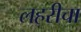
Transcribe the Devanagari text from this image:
लहरीचा